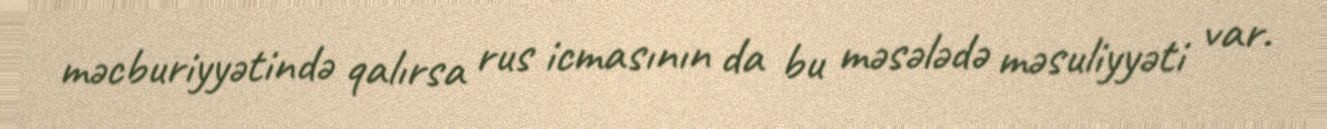
məcburiyyətində qalırsa rus icmasının da bu məsələdə məsuliyyəti var.